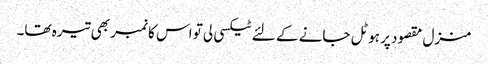
منزل مقصود پر ہوٹل جانے کے لئے ٹیکسی لی تو اس کا نمبر بھی تیرہ تھا۔